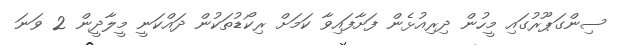
ސިންގަޕޫރުގައި މީހުން ދިރިއުޅެން ފަށާފައިވާ ކަމަށް ރިކޯޑުތަކުން ދައްކަނީ މީލާދީން 2 ވަނަ